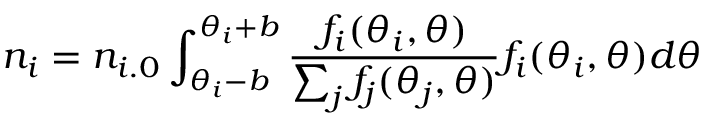
n _ { i } = n _ { i . 0 } \int _ { \theta _ { i } - b } ^ { \theta _ { i } + b } \frac { f _ { i } ( \theta _ { i } , \theta ) } { \sum _ { j } f _ { j } ( \theta _ { j } , \theta ) } f _ { i } ( \theta _ { i } , \theta ) d \theta